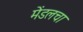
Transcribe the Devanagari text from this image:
मेंडलचा